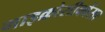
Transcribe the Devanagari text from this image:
माइक्रोसीक्वेंसर